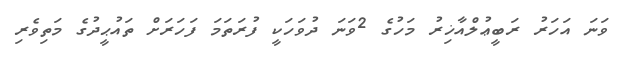
ވަނަ އަހަރު ރަބީޢުލްއާޚިރު މަހުގެ 2ވަނަ ދުވަހަކީ ފުރަތަމަ ފަހަރަށް ތައުޙީދުގެ މަތިވެރި